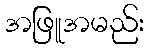
အဖြူအမည်း